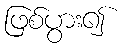
ဖြစ်ပွား၍